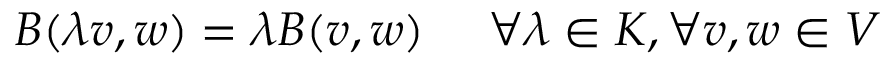
B ( \lambda v , w ) = \lambda B ( v , w ) \ \quad \forall \lambda \in K , \forall v , w \in V